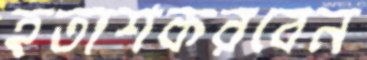
হতাশকরবেন